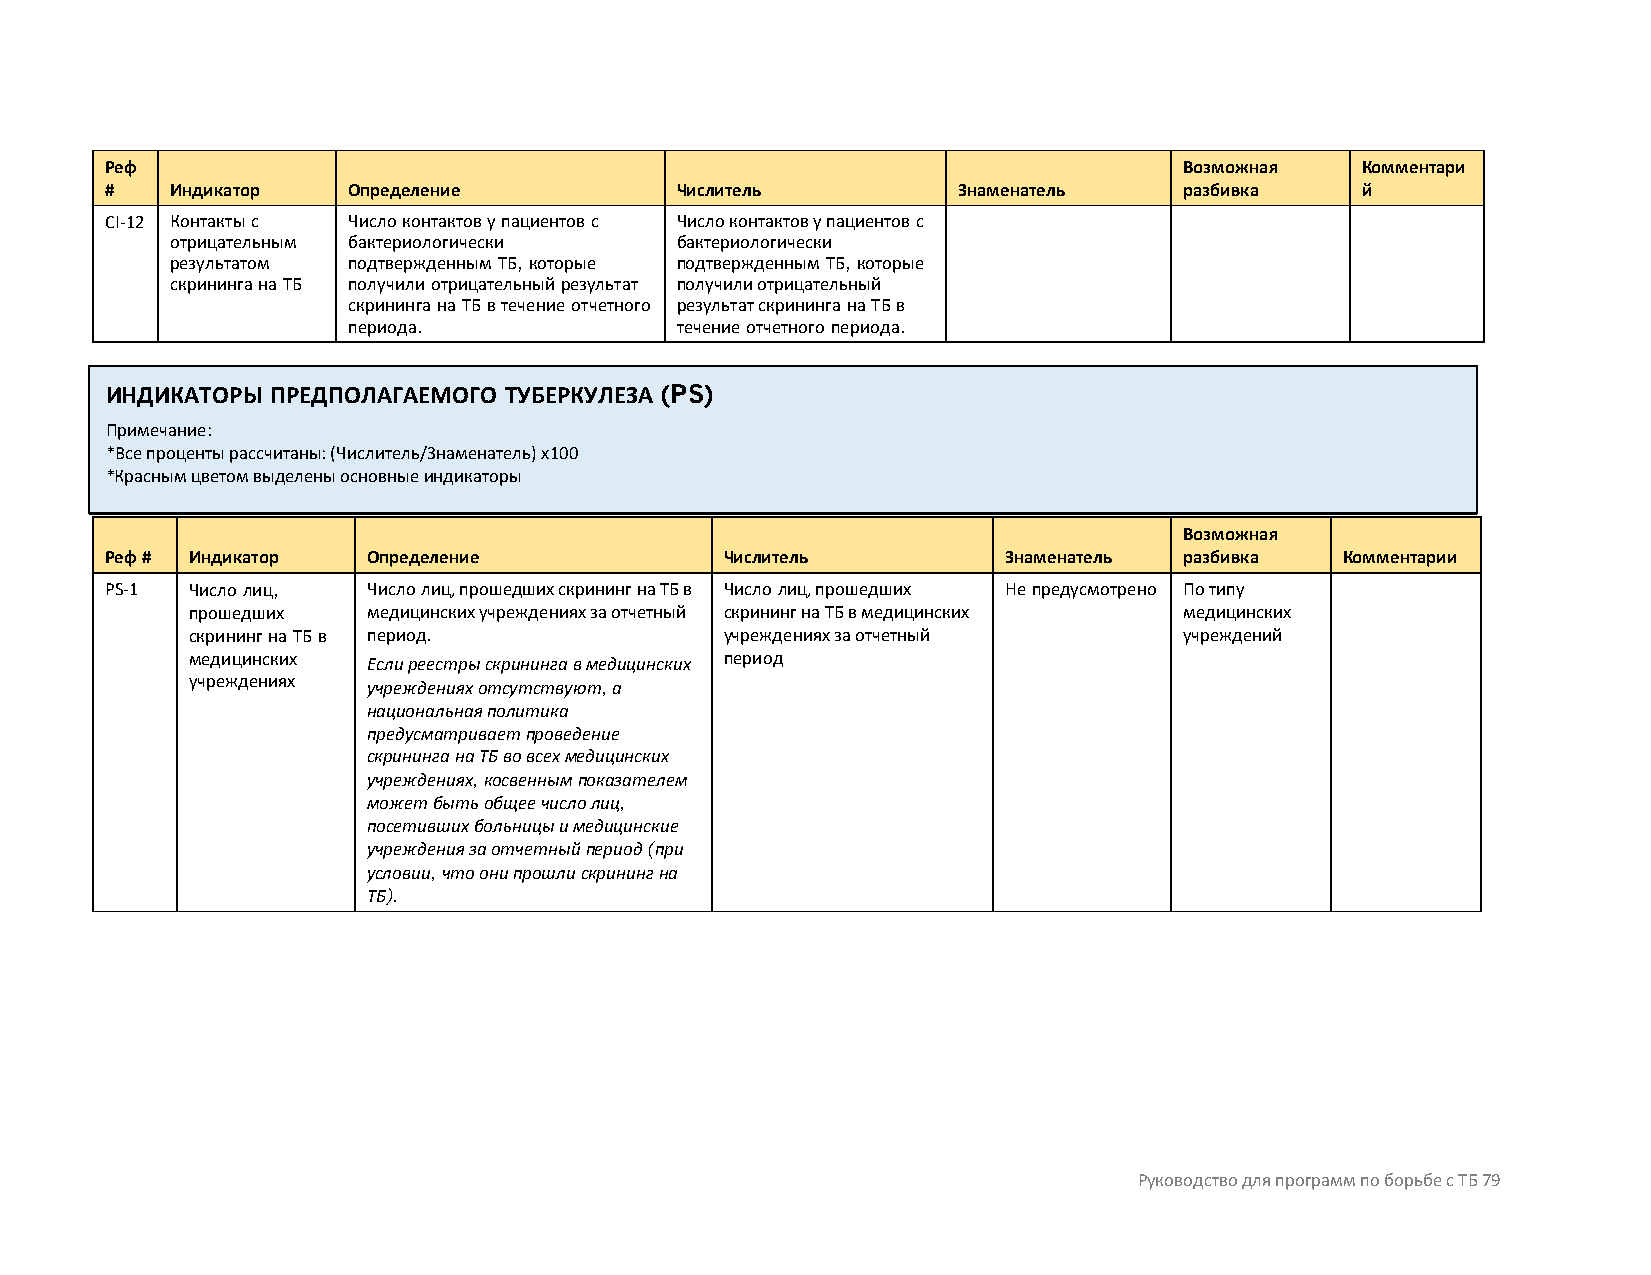
Реф                                                                    Возможная   Комментари
 #   Индикатор   Определение           Числитель         Знаменатель    разбивка    й
 CI-12 Контакты с Число контактов у пациентов с Число контактов у пациентов с
 отрицательным бактериологически   бактериологически
 результатом подтвержденным ТБ, которые подтвержденным ТБ, которые
 скрининга на ТБ получили отрицательный результат получили отрицательный
 скрининга на ТБ в течение отчетного результат скрининга на ТБ в
 периода.              течение отчетного периода.
 ИНДИКАТОРЫ ПРЕДПОЛАГАЕМОГО ТУБЕРКУЛЕЗА (PS)
 Примечание:
 *Все проценты рассчитаны: (Числитель/Знаменатель) x100
 *Красным цветом выделены основные индикаторы
 Возможная
 Реф # Индикатор  Определение             Числитель          Знаменатель разбивка  Комментарии
 PS-1 Число лиц,  Число лиц, прошедших скрининг на ТБ в Число лиц, прошедших Не предусмотрено По типу
 прошедших   медицинских учреждениях за отчетный скрининг на ТБ в медицинских медицинских
 скрининг на ТБ в период.            учреждениях за отчетный       учреждений
 медицинских Если реестры скрининга в медицинских период
 учреждениях учреждениях отсутствуют, а
 национальная политика
 предусматривает проведение
 скрининга на ТБ во всех медицинских
 учреждениях, косвенным показателем
 может быть общее число лиц,
 посетивших больницы и медицинские
 учреждения за отчетный период (при
 условии, что они прошли скрининг на
 ТБ).
 Руководство для программ по борьбе с ТБ 79